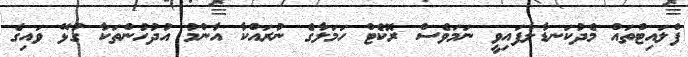
ފްލައިޓްތައް މެދުކަނޑާލާފައިވީ ނަމަވެސް ރޮކެޓް ހަމަލާގެ ނުރައްކާ އާންމު އުދުހުންތަކާ ގުޅޭ ވައިގެ